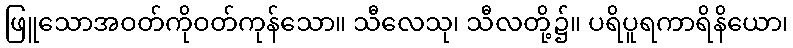
ဖြူသောအဝတ်ကိုဝတ်ကုန်သော။ သီလေသု၊ သီလတို့၌။ ပရိပူရကာရိနိယော၊